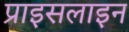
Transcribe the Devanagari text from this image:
प्राइसलाइन